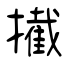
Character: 擮